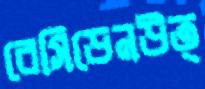
রেসিডেনউত্